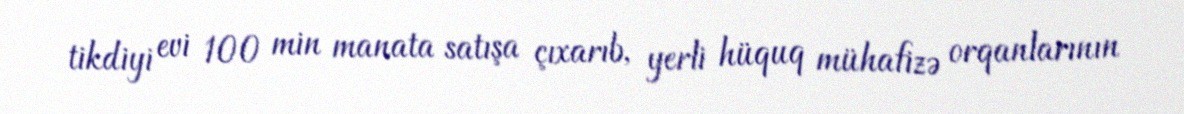
tikdiyi evi 100 min manata satışa çıxarıb, yerli hüquq mühafizə orqanlarının